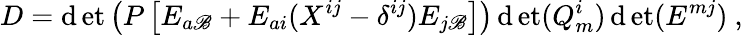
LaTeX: D=\operatorname*{\mathrm{d}et}\left(P\left[E_{a\mathscr{B}}+E_{ai}(X^{ij}-\delta^{ij})E_{j\mathscr{B}}\right]\right)\operatorname*{\mathrm{d}et}(Q_{m}^{i})\operatorname*{\mathrm{d}et}(E^{mj})\ ,